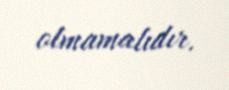
olmamalıdır.